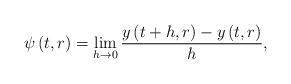
\begin{align*}\psi \left( t,r\right) =\lim_{h\rightarrow 0}\frac{y\left( t+h,r\right)-y\left( t,r\right) }{h}, \end{align*}